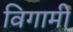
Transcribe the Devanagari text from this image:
विगामी